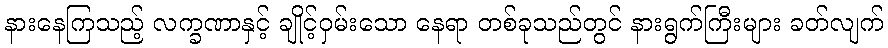
နားနေကြသည့် လက္ခဏာနှင့် ချိုင့်ဝှမ်းသော နေရာ တစ်ခုသည်တွင် နားရွက်ကြီးများ ခတ်လျက်